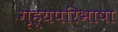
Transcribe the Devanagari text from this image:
गृह्यपरिभाषा